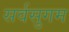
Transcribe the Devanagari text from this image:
सर्वसुगम